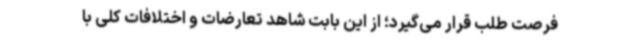
فرصت طلب قرار می‌گیرد؛ از این بابت شاهد تعارضات و اختلافات کلی با